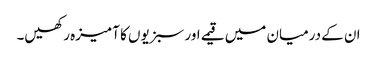
ان کے درمیان میں قیمے اور سبزیوں کا آمیزہ رکھیں۔